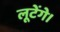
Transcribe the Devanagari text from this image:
लूटेंगे।